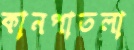
কানপাতলা